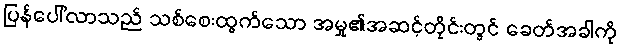
ပြန်ပေါ်လာသည် သစ်စေးထွက်သော အမှု၏အဆင့်တိုင်းတွင် ခေတ်အခါကို